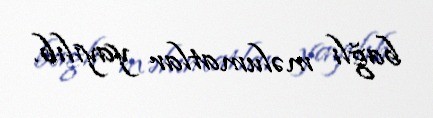
bağlı məlumatlar yayılıb.